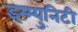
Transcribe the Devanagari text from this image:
इम्म्युनिटी